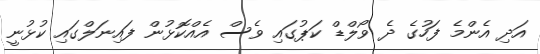
އަދި އެންމެ ފަހުގެ ދެ ވޯލްޑް ކަޕުގައި ވެސް އެއްކޮޅުން ފައިނަލްގައި ކުޅުނީ